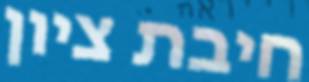
חיבת ציון